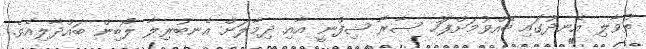
ތުވާލި އެނދުގައި ބޭއްވުމަށްފަހު ސާރާ ޝިފްނީ އާއި ދިމާލަށް އެނބުރިލާ ލޯބިން ބައްދާލިއެވެ.